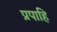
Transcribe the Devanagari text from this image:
प्रपाहि